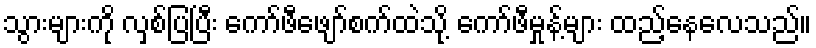
သွားများကို လှစ်ပြပြီး ကော်ဖီဖျော်စက်ထဲသို့ ကော်ဖီမှုန့်များ ထည့်နေလေသည်။